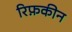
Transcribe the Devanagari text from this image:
रिफ़कीन